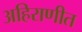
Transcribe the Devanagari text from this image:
अहिराणीत